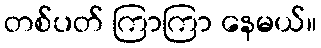
တစ်ပတ် ကြာကြာ နေမယ်။